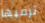
ترميها